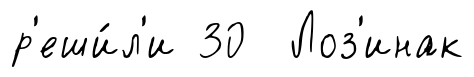
р'еши́л'и 30 Лоз'инак